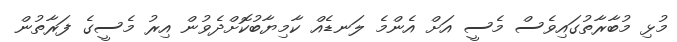
މުޅި މުބާރާތުގައިވެސް މެސީ އަށް އެންމެ ލަނޑެއް ކާމިޔާބުކޮށްދެވުން އިރު މެސީގެ ފަރާތުން